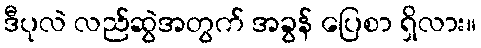
ဒီပုလဲ လည်ဆွဲအတွက် အခွန် ပြေစာ ရှိလား။